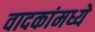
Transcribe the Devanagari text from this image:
वादकांमध्ये